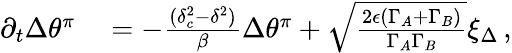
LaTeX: \begin{array}{rl}{\partial_{t}{\Delta\theta^{\pi}}}&{{}=-\frac{(\delta_{c}^{2}-\delta^{2})}{\beta}\Delta\theta^{\pi}+\sqrt{\frac{2\epsilon({\Gamma}_{A}+{\Gamma}_{B})}{\Gamma_{A}\Gamma_{B}}}\xi_{\Delta}\, ,}\end{array}